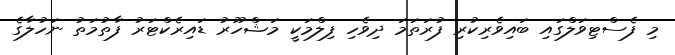
މި ފެސްޓިވަލްގައި ބައިވެރިކުރި ފުރަތަމަ ދިވެހި ފިލްމަކީ މަޝްހޫރު ޑައިރެކްޓަރު ފާތުމަތު ނަހުލާގެ